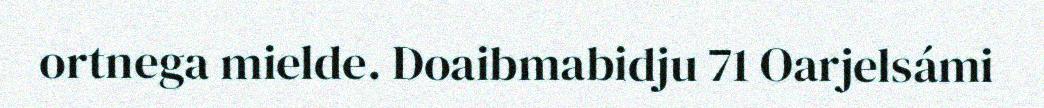
ortnega mielde. Doaibmabidju 71 Oarjelsámi